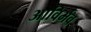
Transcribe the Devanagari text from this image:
आविर्भव